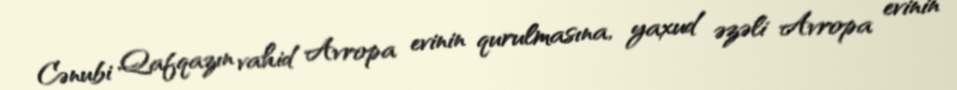
Cənubi Qafqazın vahid Avropa evinin qurulmasına, yaxud əzəli Avropa evinin